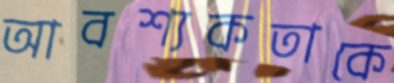
আবশ্যকতাকে